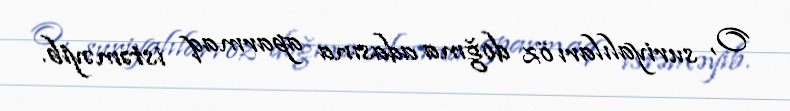
O, suriyalıları öz doğma adasına aparmaq istəməyib.